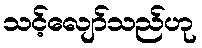
သင့်လျော်သည်ဟု